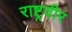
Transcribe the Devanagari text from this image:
राष्ट्रवीर